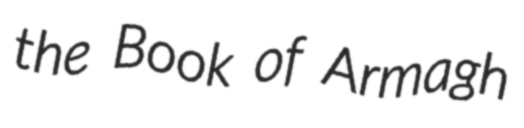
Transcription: the Book of Armagh